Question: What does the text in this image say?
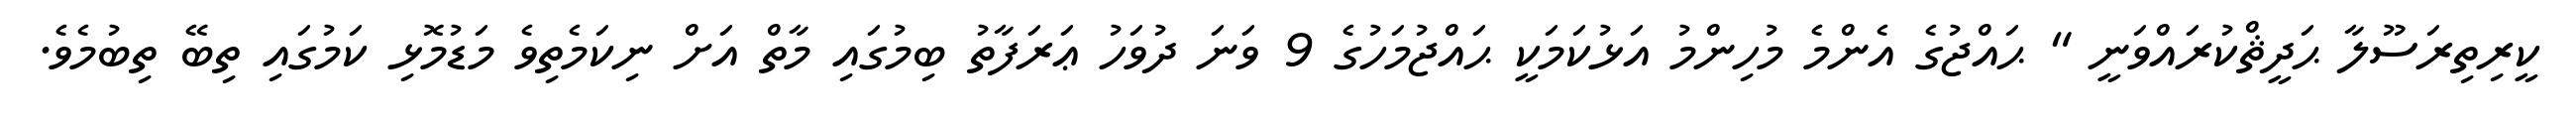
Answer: ކީރިތިރަސޫލާ ޙަދީޘްކުރައްވަނީ " ޙައްޖުގެ އެންމެ މުހިންމު އަޅުކަމަކީ ޙައްޖުމަހުގެ 9 ވަނަ ދުވަހު ޢަރަފާތު ބިމުގައި މާތް އަށް ނިކަމެތިވެ މަޑުމޮޅި ކަމުގައި ތިބޭ ތިބުމެވެ.